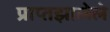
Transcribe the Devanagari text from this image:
प्राप्तझालेले